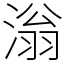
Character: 滃